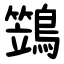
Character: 鷑